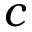
c